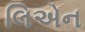
લિએન